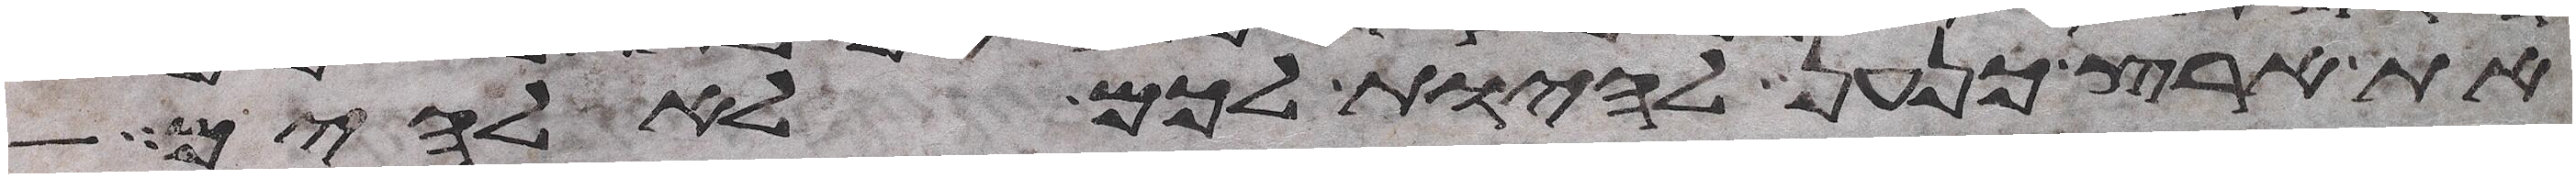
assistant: את ארץ כנען להיות לכם לאלהים